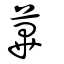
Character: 蓽